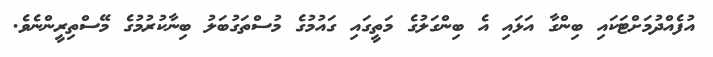
އުފެއްދުމަށްޓަކައި ބިންގާ އަޅައި އެ ބިންގަލުގެ މަތީގައި ގައުމުގެ މުސްތަގުބަލު ބިނާކުރުމުގެ މޭސްތިރީންނެވެ.